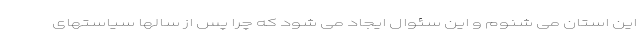
این استان می شنوم و این سئوال ایجاد می شود که چرا پس از سالها سیاستهای